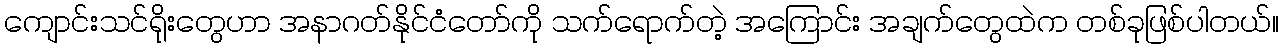
ကျောင်းသင်ရိုးတွေဟာ အနာဂတ်နိုင်ငံတော်ကို သက်ရောက်တဲ့ အကြောင်း အချက်တွေထဲက တစ်ခုဖြစ်ပါတယ်။